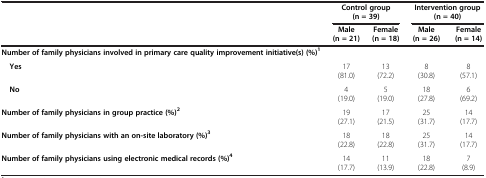
<table><thead><tr><td><b> </b></td><td colspan="2"><b>Control group (n = 39)</b></td><td colspan="2"><b>Intervention group (n = 40)</b></td></tr><tr><td><b> </b></td><td><b>Male (n = 21)</b></td><td><b>Female (n = 18)</b></td><td><b>Male (n = 26)</b></td><td><b>Female (n = 14)</b></td></tr></thead><tbody><tr><td><b>Number of family physicians involved in primary care quality improvement initiative(s) (%)</b><sup><b>1</b></sup></td><td> </td><td> </td><td> </td><td> </td></tr><tr><td> <b>Yes</b></td><td>17 (81.0)</td><td>13 (72.2)</td><td>8 (30.8)</td><td>8 (57.1)</td></tr><tr><td> <b>No</b></td><td>4 (19.0)</td><td>5 (19.0)</td><td>18 (27.8)</td><td>6 (69.2)</td></tr><tr><td><b>Number of family physicians in group practice (%)</b><sup><b>2</b></sup></td><td>19 (27.1)</td><td>17 (21.5)</td><td>25 (31.7)</td><td>14 (17.7)</td></tr><tr><td><b>Number of family physicians with an on-site laboratory (%)</b><sup><b>3</b></sup></td><td>18 (22.8)</td><td>18 (22.8)</td><td>25 (31.7)</td><td>14 (17.7)</td></tr><tr><td><b>Number of family physicians using electronic medical records (%)</b><sup><b>4</b></sup></td><td>14 (17.7)</td><td>11 (13.9)</td><td>18 (22.8)</td><td>7 (8.9)</td></tr></tbody></table>